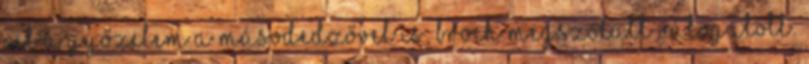
cél a győzelem a másodedzővel is; Broch megszólalt Válogatott: